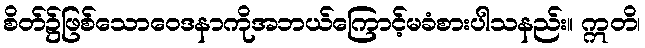
စိတ်၌ဖြစ်သောဝေဒနာကိုအဘယ်ကြောင့်မခံစားပါသနည်း။ ဣတိ၊